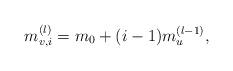
LaTeX: \begin{align*}m_{v,i}^{(l)}=m_{0}+(i-1)m^{(l-1)}_{u},\end{align*}